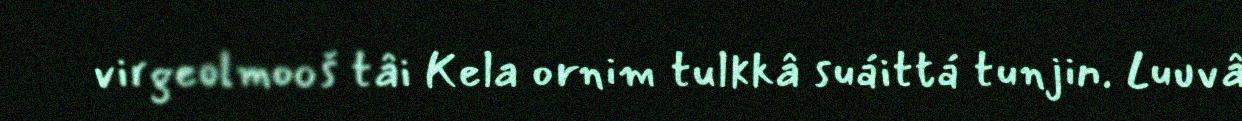
virgeolmooš tâi Kela ornim tulkkâ suáittá tunjin. Luuvâ